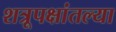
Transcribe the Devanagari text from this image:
शत्रूपक्षांतल्या